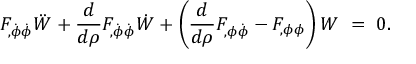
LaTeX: F _ { , \dot { \phi } \dot { \phi } } \ddot { W } + { \frac { d } { d \rho } } F _ { , \dot { \phi } \dot { \phi } } \dot { W } + \left( { \frac { d } { d \rho } } F _ { , \phi \dot { \phi } } - F _ { , \phi \phi } \right) W ~ = ~ 0 .